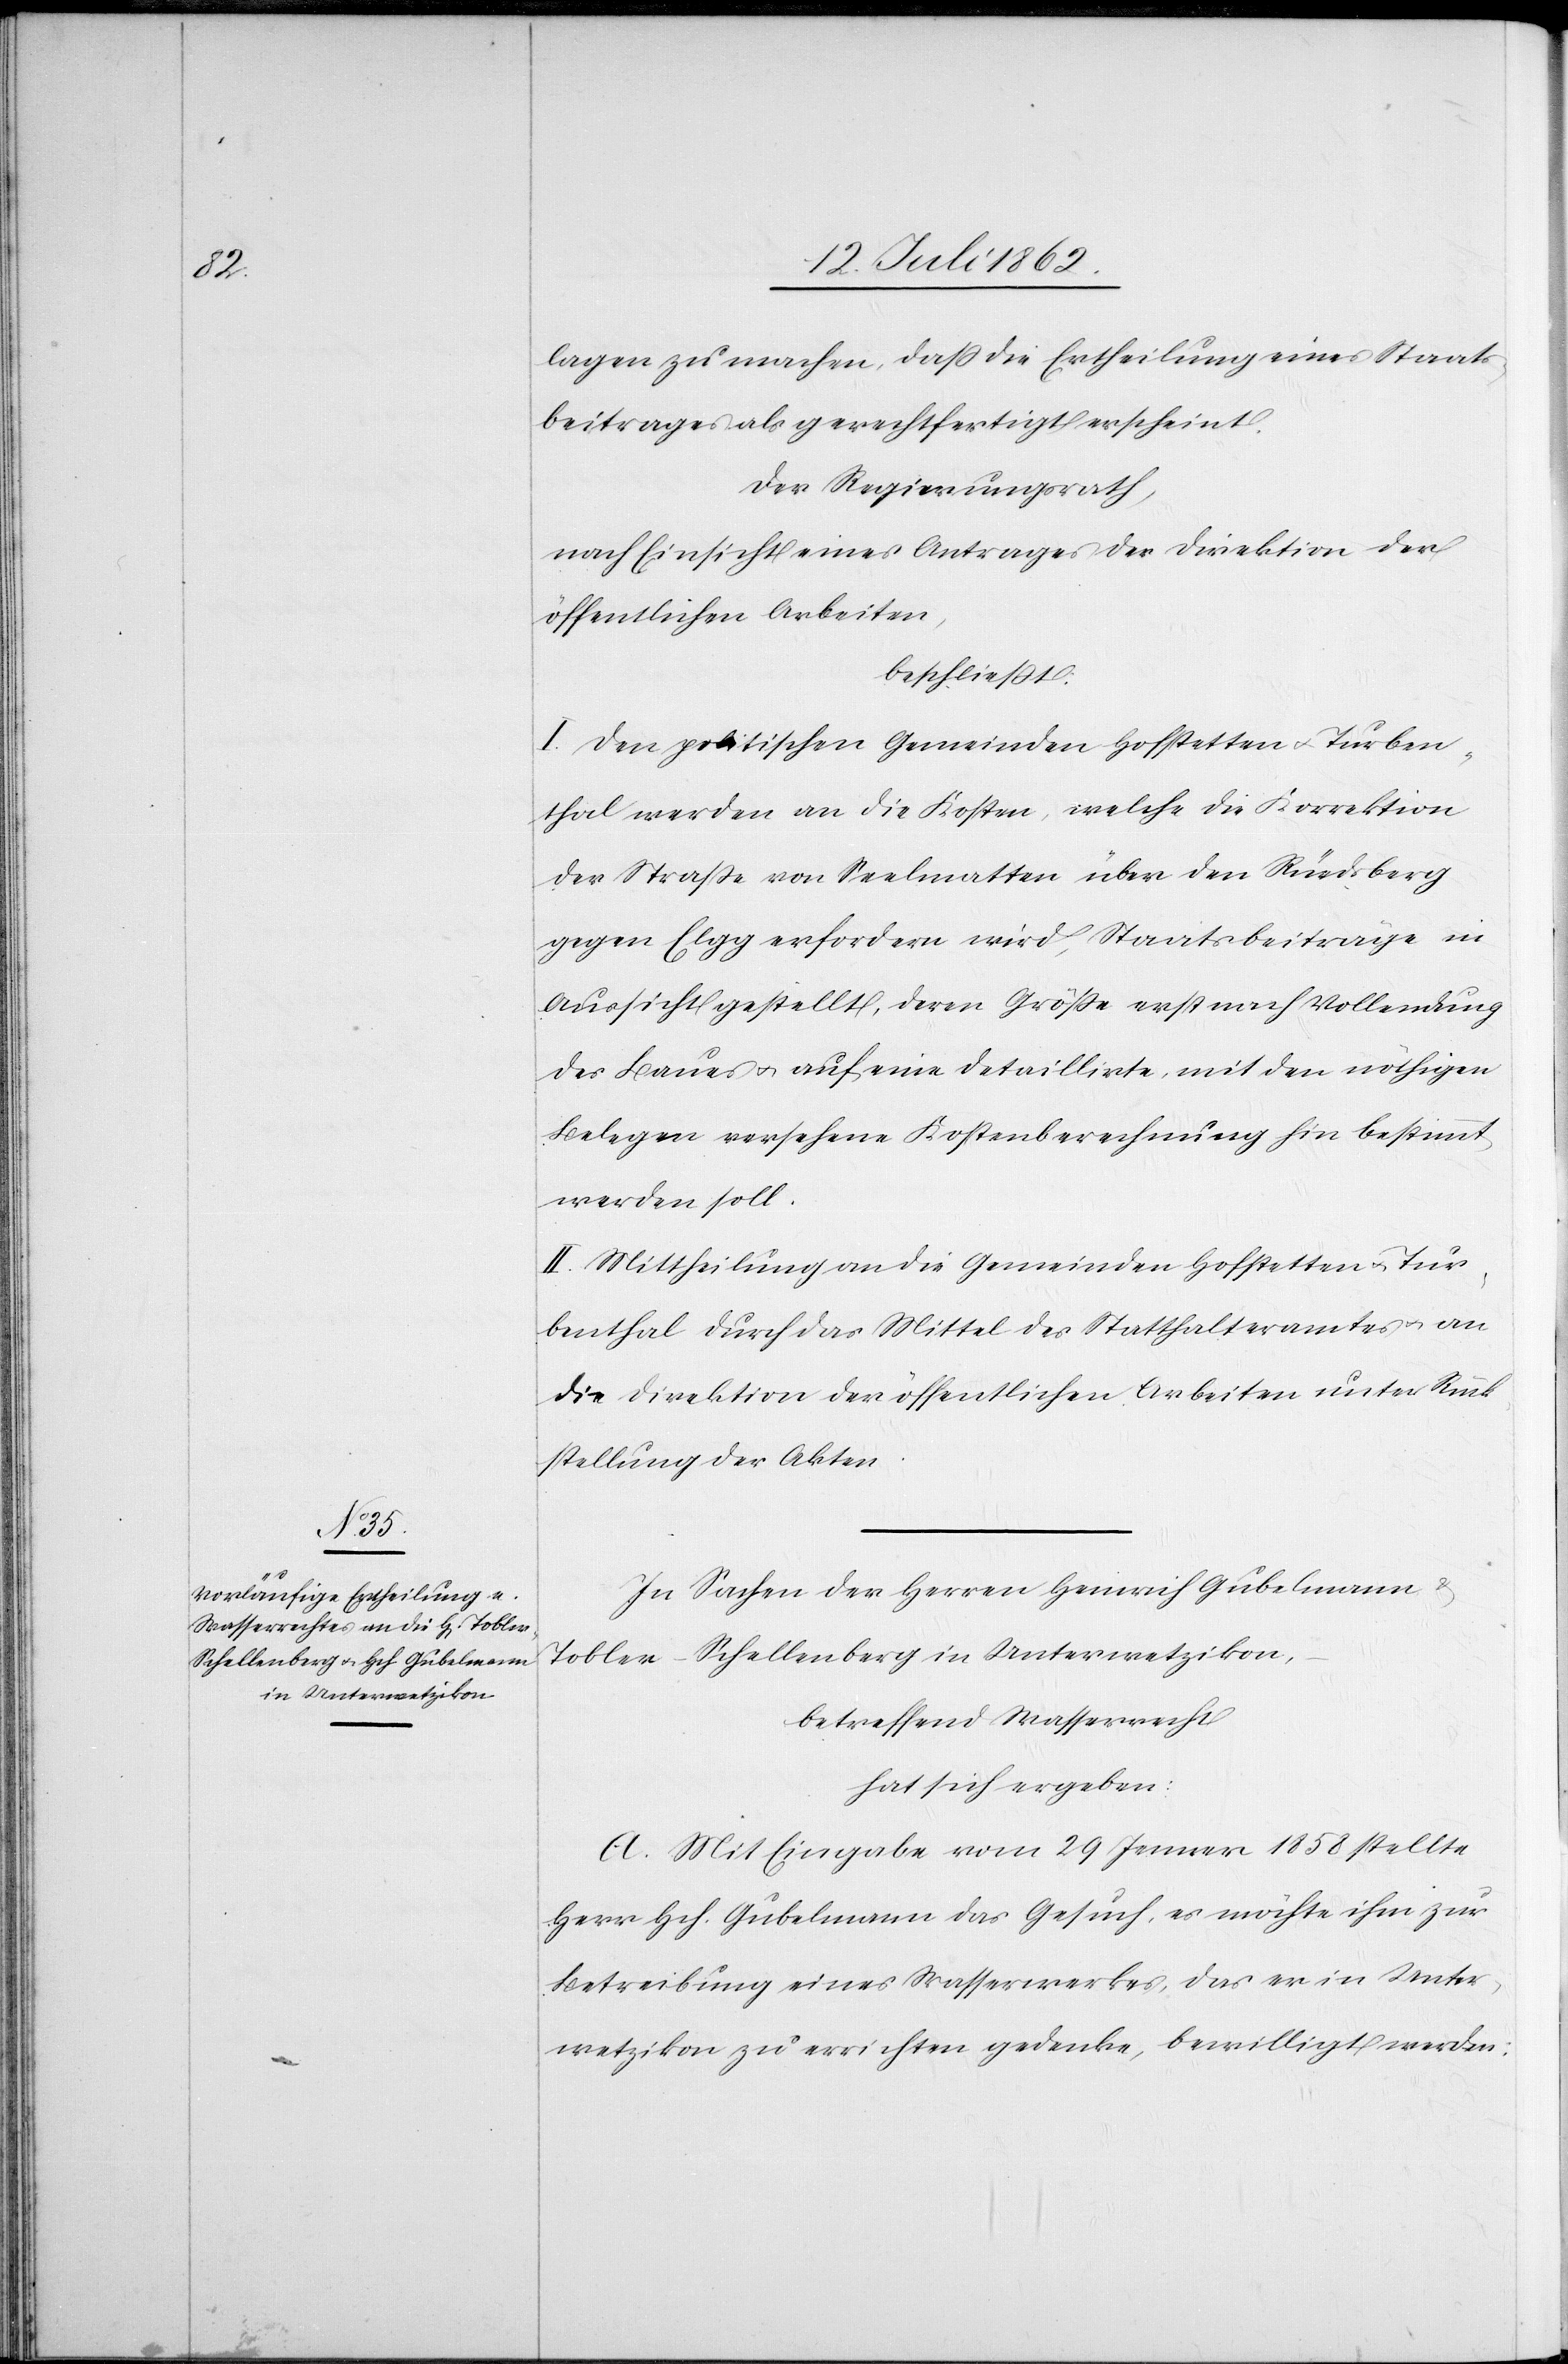
lagen zu machen, daß die Ertheilung eines Staats¬
beitrages als gerechtfertigt erscheint.
Der Regierungsrath,
nach Einsicht eines Antrages der Direktion der
öffentlichen Arbeiten,
beschließt:
I. Den politischen Gemeinden Hofstetten u. Turben¬
thal werden an die Kosten, welche die Korrektion
der Straße von Seelmatten über den Rüedsberg
gegen Elgg erfordern wird, Staatsbeiträge in
Aussicht gestellt, deren Größe erst nach Vollendung
des Baues u. auf eine detaillierte, mit den nöthigen
Belegen versehene Kostenberechnung hin bestimmt
werden soll.
II. Mittheilung an die Gemeinden Hofstetten u. Tur¬
benthal durch das Mittel des Statthalteramtes u. an
die Direktion der öffentlichen Arbeiten unter Rück¬
stellung der Akten.
In Sachen der Herren Heinrich Gubelmann u.
Tobler-Schellenberg in Unterwetzikon,
betreffend Wasserrecht
hat sich ergeben:
A. Mit Eingabe vom 29 Jenner 1858 stellte
Herr Hch. Gubelmann das Gesuch, es möchte ihm zur
Betreibung eines Wasserwerkes, das er in Unter¬
wetzikon zu errichten gedenke, bewilligt werden: